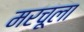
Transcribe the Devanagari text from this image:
मरचूला